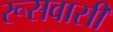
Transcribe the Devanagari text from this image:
रूसवासी